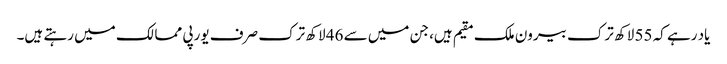
یاد رہے کہ 55 لاکھ ترک بیرون ملک مقیم ہیں، جن میں سے 46 لاکھ ترک صرف یورپی ممالک میں رہتے ہیں۔